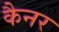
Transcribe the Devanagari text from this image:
कैनर